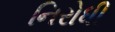
નિરોધી